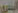
ابنتي